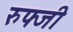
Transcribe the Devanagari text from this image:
रुफ्जी